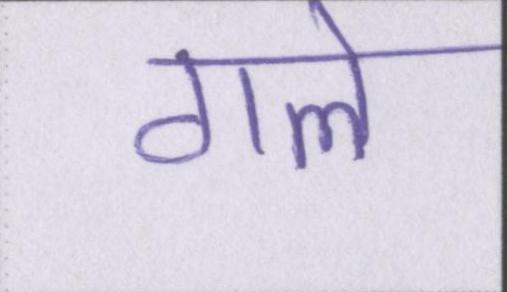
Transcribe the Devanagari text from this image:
गले